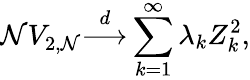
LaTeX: \mathcal{N}V_{2,\mathcal{N}}{\stackrel{d}{\longrightarrow}}\sum_{k=1}^{\infty}\lambda_{k}Z_{k}^{2},